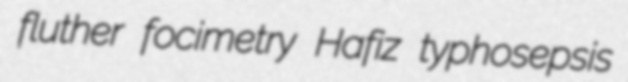
fluther focimetry Hafiz typhosepsis